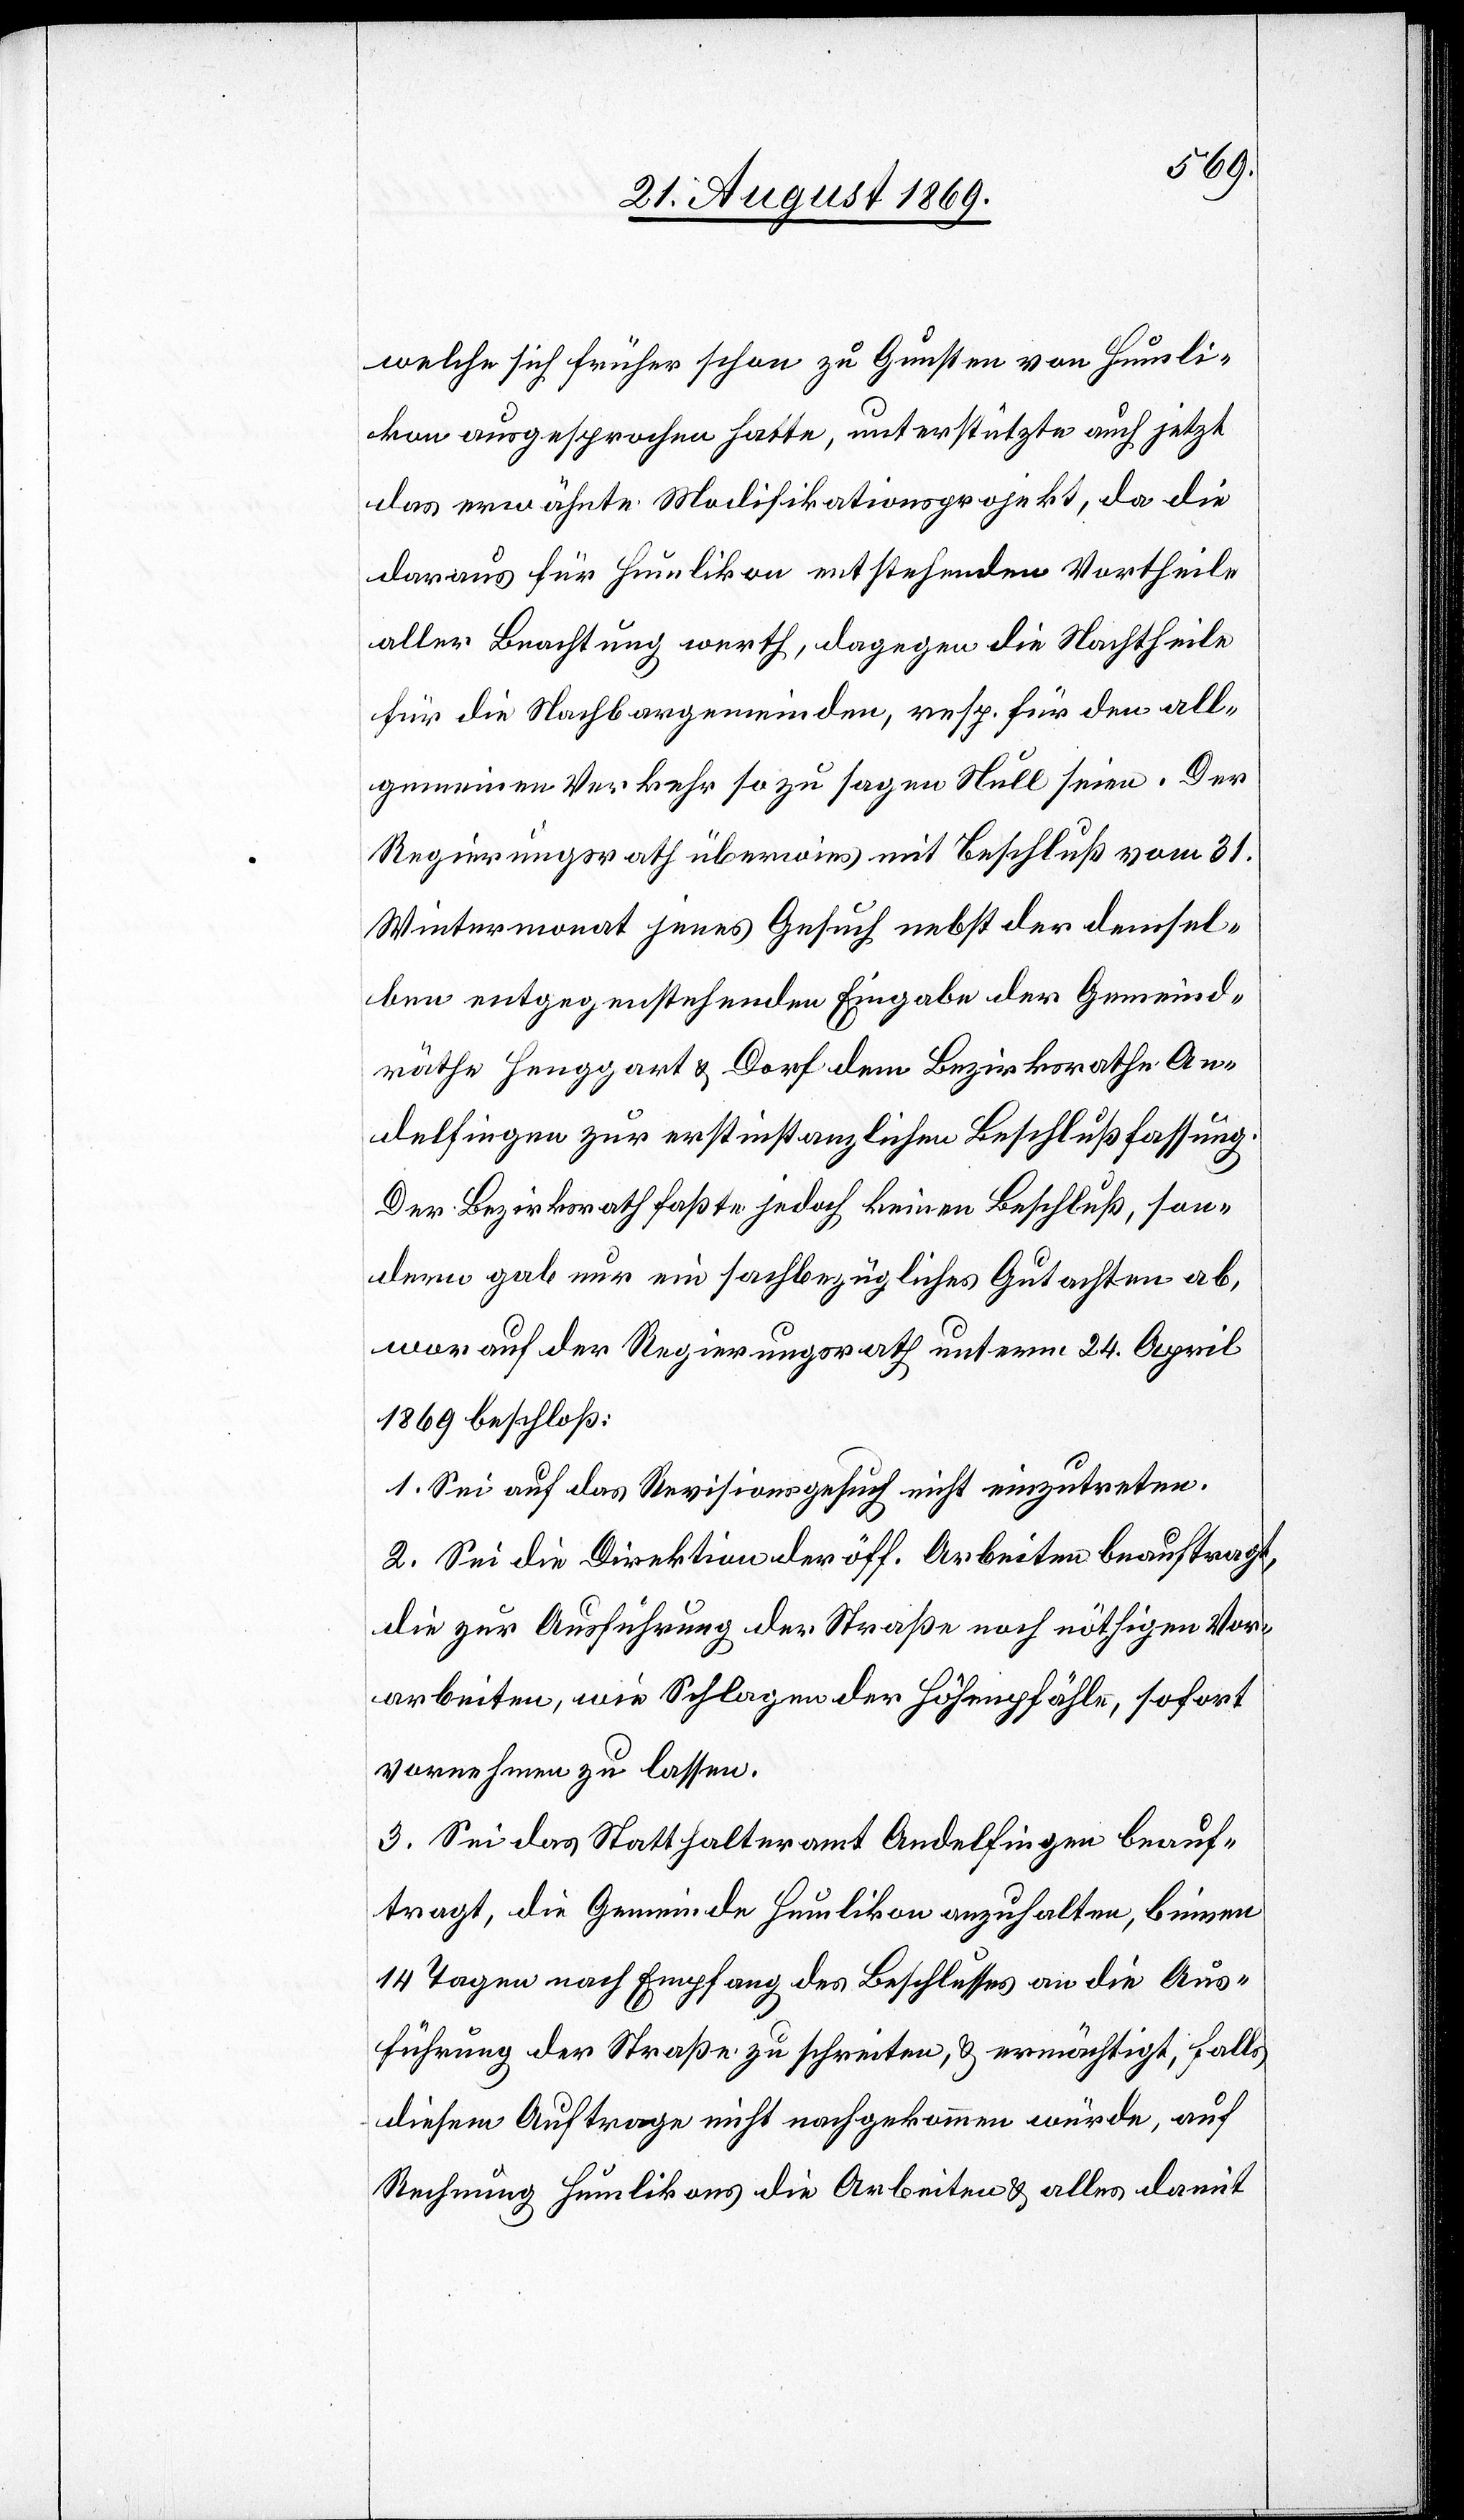
welche sich früher schon zu Gunsten von Humli¬
kon ausgesprochen hatte, unterstützte auch jetzt
das erwähnte Modifikationsprojekt, da die
daraus für Humlikon entstehenden Vortheile
aller Beachtung werth, dagegen die Nachtheile
für die Nachbargemeinden, resp. für den all¬
gemeinen Verkehr so zu sagen Null seien. Der
Regierungsrath überwies mit Beschluß vom 31.
Wintermonat jenes Gesuch nebst der demsel¬
ben entgegenstehenden Eingabe der Gemeind¬
räthe Henggart & Dorf dem Bezirksrathe An¬
delfingen zur erstinstanzlichen Beschlußfassung.
Der Bezirksrath faßte jedoch keinen Beschluß, son¬
dern gab nur ein sachbezügliches Gutachten ab,
worauf der Regierungsrath unterm 24. April
1869 beschloß:
1. Sei auf das Revisionsgesuch nicht einzutreten.
2. Sei die Direktion der öff. Arbeiten beauftragt,
die zur Ausführung der Straße noch nöthigen Vor¬
arbeiten, wie Schlagen der Höhenpfähle, sofort
vornehmen zu lassen.
3. Sei das Statthalteramt Andelfingen beauf¬
tragt, die Gemeinde Humlikon anzuhalten, binnen
14 Tagen nach Empfang des Beschlusses an die Aus¬
führung der Straße zu schreiten, & ermächtigt, falls
diesem Auftrage nicht nachgekommen würde, auf
Rechnung Humlikons die Arbeiten & alles damit